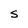
Character: S